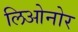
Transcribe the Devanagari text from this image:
लिओनोर